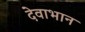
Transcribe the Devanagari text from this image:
देवाभान